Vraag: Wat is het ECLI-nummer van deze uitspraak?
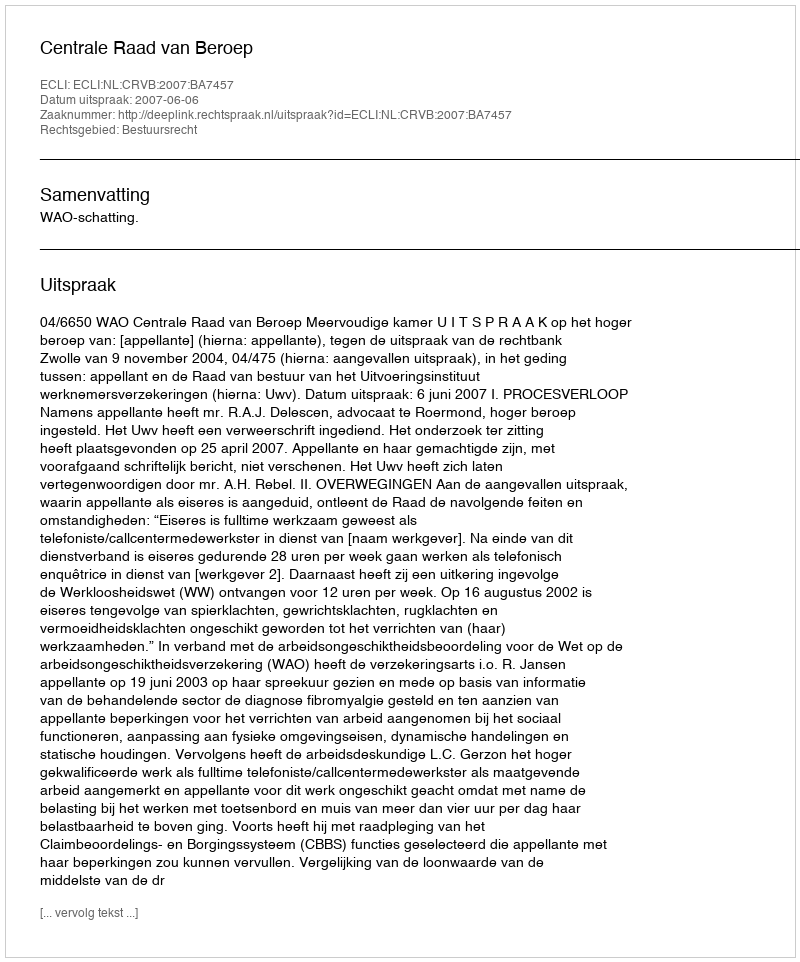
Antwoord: ECLI:NL:CRVB:2007:BA7457